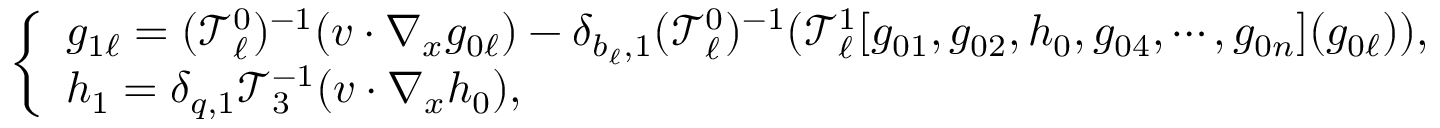
\left\{ \begin{array} { l l } { g _ { 1 \ell } = ( \mathcal T _ { \ell } ^ { 0 } ) ^ { - 1 } ( v \cdot \nabla _ { x } g _ { 0 \ell } ) - \delta _ { b _ { \ell } , 1 } ( \mathcal T _ { \ell } ^ { 0 } ) ^ { - 1 } ( \mathcal T _ { \ell } ^ { 1 } [ g _ { 0 1 } , g _ { 0 2 } , h _ { 0 } , g _ { 0 4 } , \cdots , g _ { 0 n } ] ( g _ { 0 \ell } ) ) , } \\ { h _ { 1 } = \delta _ { q , 1 } \mathcal T _ { 3 } ^ { - 1 } ( v \cdot \nabla _ { x } h _ { 0 } ) , } \end{array} \right.